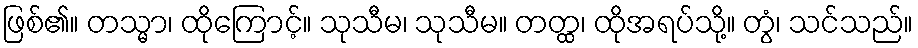
ဖြစ်၏။ တသ္မာ၊ ထိုကြောင့်။ သုသီမ၊ သုသီမ။ တတ္ထ၊ ထိုအရပ်သို့။ တွံ၊ သင်သည်။